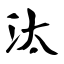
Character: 汰